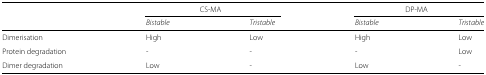
|  | <COLSPAN=2> CS-MA | <COLSPAN=2> DP-MA |
 |  | Bistable | Tristable | Bistable | Tristable |
 | --- | --- | --- | --- | --- |
 | Dimerisation | High | Low | High | Low |
 | Protein degradation | - | - | - | Low |
 | Dimer degradation | Low | - | Low | - |